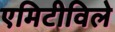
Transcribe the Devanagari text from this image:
एमिटीविले